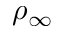
\rho _ { \infty }